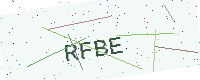
Text: RFBE